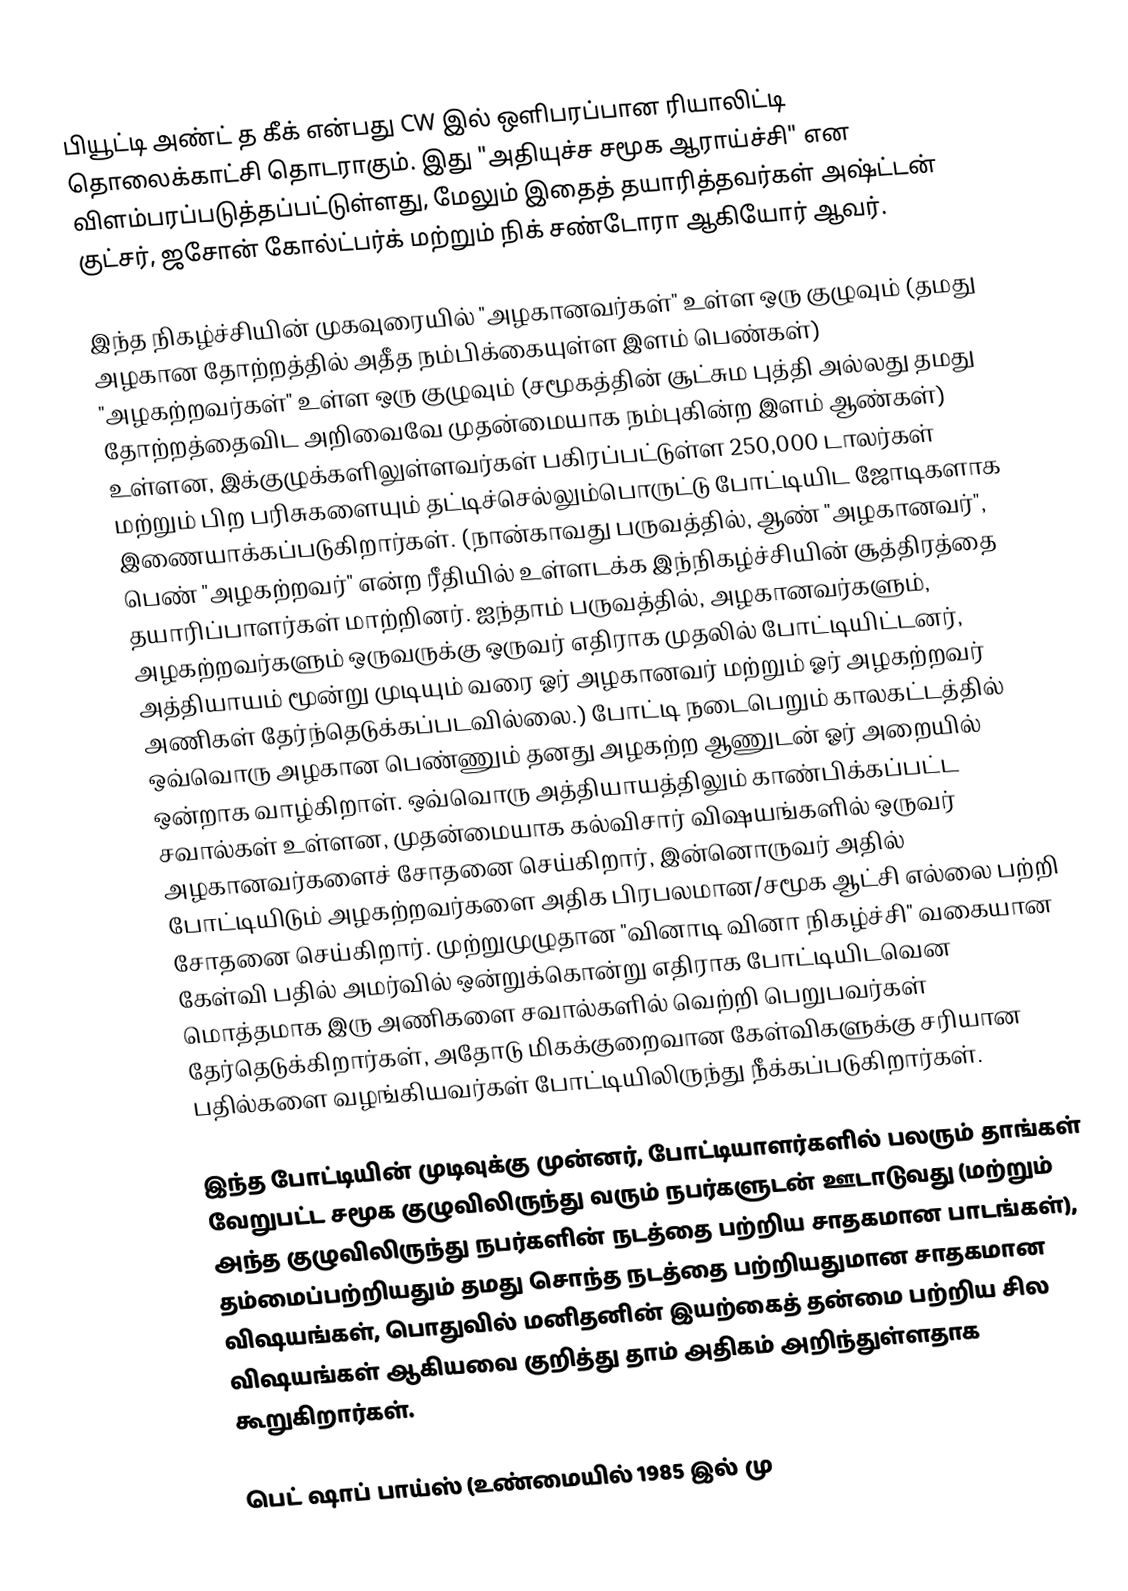
பியூட்டி அண்ட் த கீக்  என்பது CW இல் ஒளிபரப்பான ரியாலிட்டி தொலைக்காட்சி தொடராகும். இது "அதியுச்ச சமூக ஆராய்ச்சி" என விளம்பரப்படுத்தப்பட்டுள்ளது, மேலும் இதைத் தயாரித்தவர்கள் அஷ்ட்டன் குட்சர், ஜசோன் கோல்ட்பர்க் மற்றும் நிக் சண்டோரா ஆகியோர் ஆவர்.

இந்த நிகழ்ச்சியின் முகவுரையில் "அழகானவர்கள்" உள்ள ஒரு குழுவும் (தமது அழகான தோற்றத்தில் அதீத நம்பிக்கையுள்ள இளம் பெண்கள்) "அழகற்றவர்கள்" உள்ள ஒரு குழுவும் (சமூகத்தின் சூட்சும புத்தி அல்லது தமது தோற்றத்தைவிட அறிவைவே முதன்மையாக நம்புகின்ற இளம் ஆண்கள்) உள்ளன, இக்குழுக்களிலுள்ளவர்கள் பகிரப்பட்டுள்ள 250,000 டாலர்கள் மற்றும் பிற பரிசுகளையும் தட்டிச்செல்லும்பொருட்டு போட்டியிட ஜோடிகளாக இணையாக்கப்படுகிறார்கள். (நான்காவது பருவத்தில், ஆண் "அழகானவர்", பெண் "அழகற்றவர்" என்ற ரீதியில் உள்ளடக்க இந்நிகழ்ச்சியின் சூத்திரத்தை தயாரிப்பாளர்கள் மாற்றினர். ஐந்தாம் பருவத்தில், அழகானவர்களும், அழகற்றவர்களும் ஒருவருக்கு ஒருவர் எதிராக முதலில் போட்டியிட்டனர், அத்தியாயம் மூன்று முடியும் வரை ஓர் அழகானவர் மற்றும் ஓர் அழகற்றவர் அணிகள் தேர்ந்தெடுக்கப்படவில்லை.) போட்டி நடைபெறும் காலகட்டத்தில் ஒவ்வொரு அழகான பெண்ணும் தனது அழகற்ற ஆணுடன் ஓர் அறையில் ஒன்றாக வாழ்கிறாள். ஒவ்வொரு அத்தியாயத்திலும் காண்பிக்கப்பட்ட சவால்கள் உள்ளன, முதன்மையாக கல்விசார் விஷயங்களில் ஒருவர் அழகானவர்களைச் சோதனை செய்கிறார், இன்னொருவர் அதில் போட்டியிடும் அழகற்றவர்களை அதிக பிரபலமான/சமூக ஆட்சி எல்லை பற்றி சோதனை செய்கிறார். முற்றுமுழுதான "வினாடி வினா நிகழ்ச்சி" வகையான கேள்வி பதில் அமர்வில் ஒன்றுக்கொன்று எதிராக போட்டியிடவென மொத்தமாக இரு அணிகளை சவால்களில் வெற்றி பெறுபவர்கள் தேர்தெடுக்கிறார்கள், அதோடு மிகக்குறைவான கேள்விகளுக்கு சரியான பதில்களை வழங்கியவர்கள் போட்டியிலிருந்து நீக்கப்படுகிறார்கள்.

இந்த போட்டியின் முடிவுக்கு முன்னர், போட்டியாளர்களில் பலரும் தாங்கள் வேறுபட்ட சமூக குழுவிலிருந்து வரும் நபர்களுடன் ஊடாடுவது (மற்றும் அந்த குழுவிலிருந்து நபர்களின் நடத்தை பற்றிய சாதகமான பாடங்கள்), தம்மைப்பற்றியதும் தமது சொந்த நடத்தை பற்றியதுமான சாதகமான விஷயங்கள், பொதுவில் மனிதனின் இயற்கைத் தன்மை பற்றிய சில விஷயங்கள் ஆகியவை குறித்து தாம் அதிகம் அறிந்துள்ளதாக கூறுகிறார்கள்.

பெட் ஷாப் பாய்ஸ் (உண்மையில் 1985 இல் மு